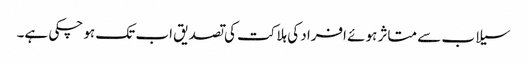
سیلاب سے متاثر ہوئے افراد کی ہلاکت کی تصدیق اب تک ہو چکی ہے۔